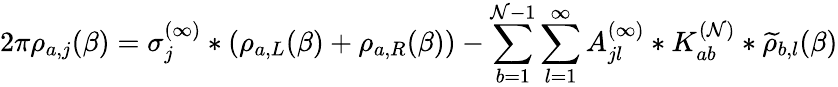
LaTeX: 2\pi{\rho}_{a,j}(\beta)=\sigma_{j}^{(\infty)}*(\rho_{a,L}(\beta)+\rho_{a,R}(\beta))-\sum_{b=1}^{\mathcal{N}-1}\sum_{l=1}^{\infty}A_{jl}^{(\infty)}*K_{ab}^{(\mathcal{N})}*\widetilde{\rho}_{b,l}(\beta)